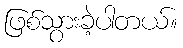
ဖြစ်သွားခဲ့ပါတယ်။